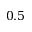
0 . 5